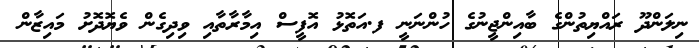
ނިލަންދޫ ރައްޔިތުންގެ ބާއިންޖީނުގެ ހުންނަނީ ފ.އަތޮޅު އޮފީސް އިމާރާތާއި ވިދިގެން ވެޔޮދޮށު މައިޒާން